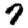
Digit: 9